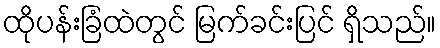
ထိုပန်းခြံထဲတွင် မြက်ခင်းပြင် ရှိသည်။